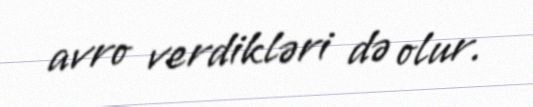
avro verdikləri də olur.